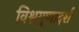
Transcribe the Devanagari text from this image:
विश्वगुणादर्श